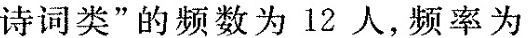
诗词类”的频数为12人，频率为